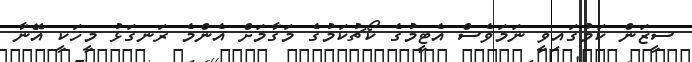
ސީޒަން ކަމުގައިވީ ނަމަވެސް އެޓީމުގެ ކޯޗުކަމުގެ މަގާމަށް އެންމެ ރަނގަޅު މީހަކީ އޭނާ